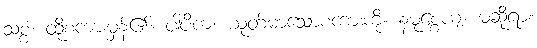
သစ္စံ၊ ထိုစကားမှန်၏။ ပါပိကံ၊ ယုတ်မာသောစကားကို။ နမုစ္စေယျ၊ မဆိုရာ။